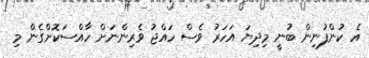
އެ ކުންފުނިން ބުނީ މިދިޔަ އަހަރު ވެސް ހައްޖު ވެރިންނަށް ހާއްސަކޮށްގެން މި